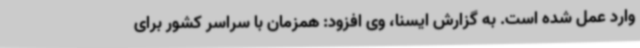
وارد عمل شده است. به گزارش ایسنا، وی افزود: همزمان با سراسر کشور برای